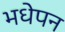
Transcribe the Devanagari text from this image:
भधेपन